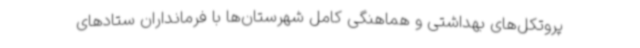
پروتکل‌های بهداشتی و هماهنگی کامل شهرستان‌ها با فرمانداران ستادهای